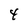
Character: 4